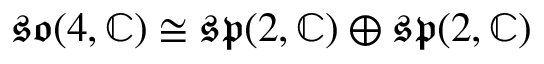
{ \mathfrak { s o } } ( 4 , \mathbb { C } ) \cong { \mathfrak { s p } } ( 2 , \mathbb { C } ) \oplus { \mathfrak { s p } } ( 2 , \mathbb { C } )